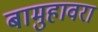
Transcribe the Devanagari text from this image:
बामुहावरा